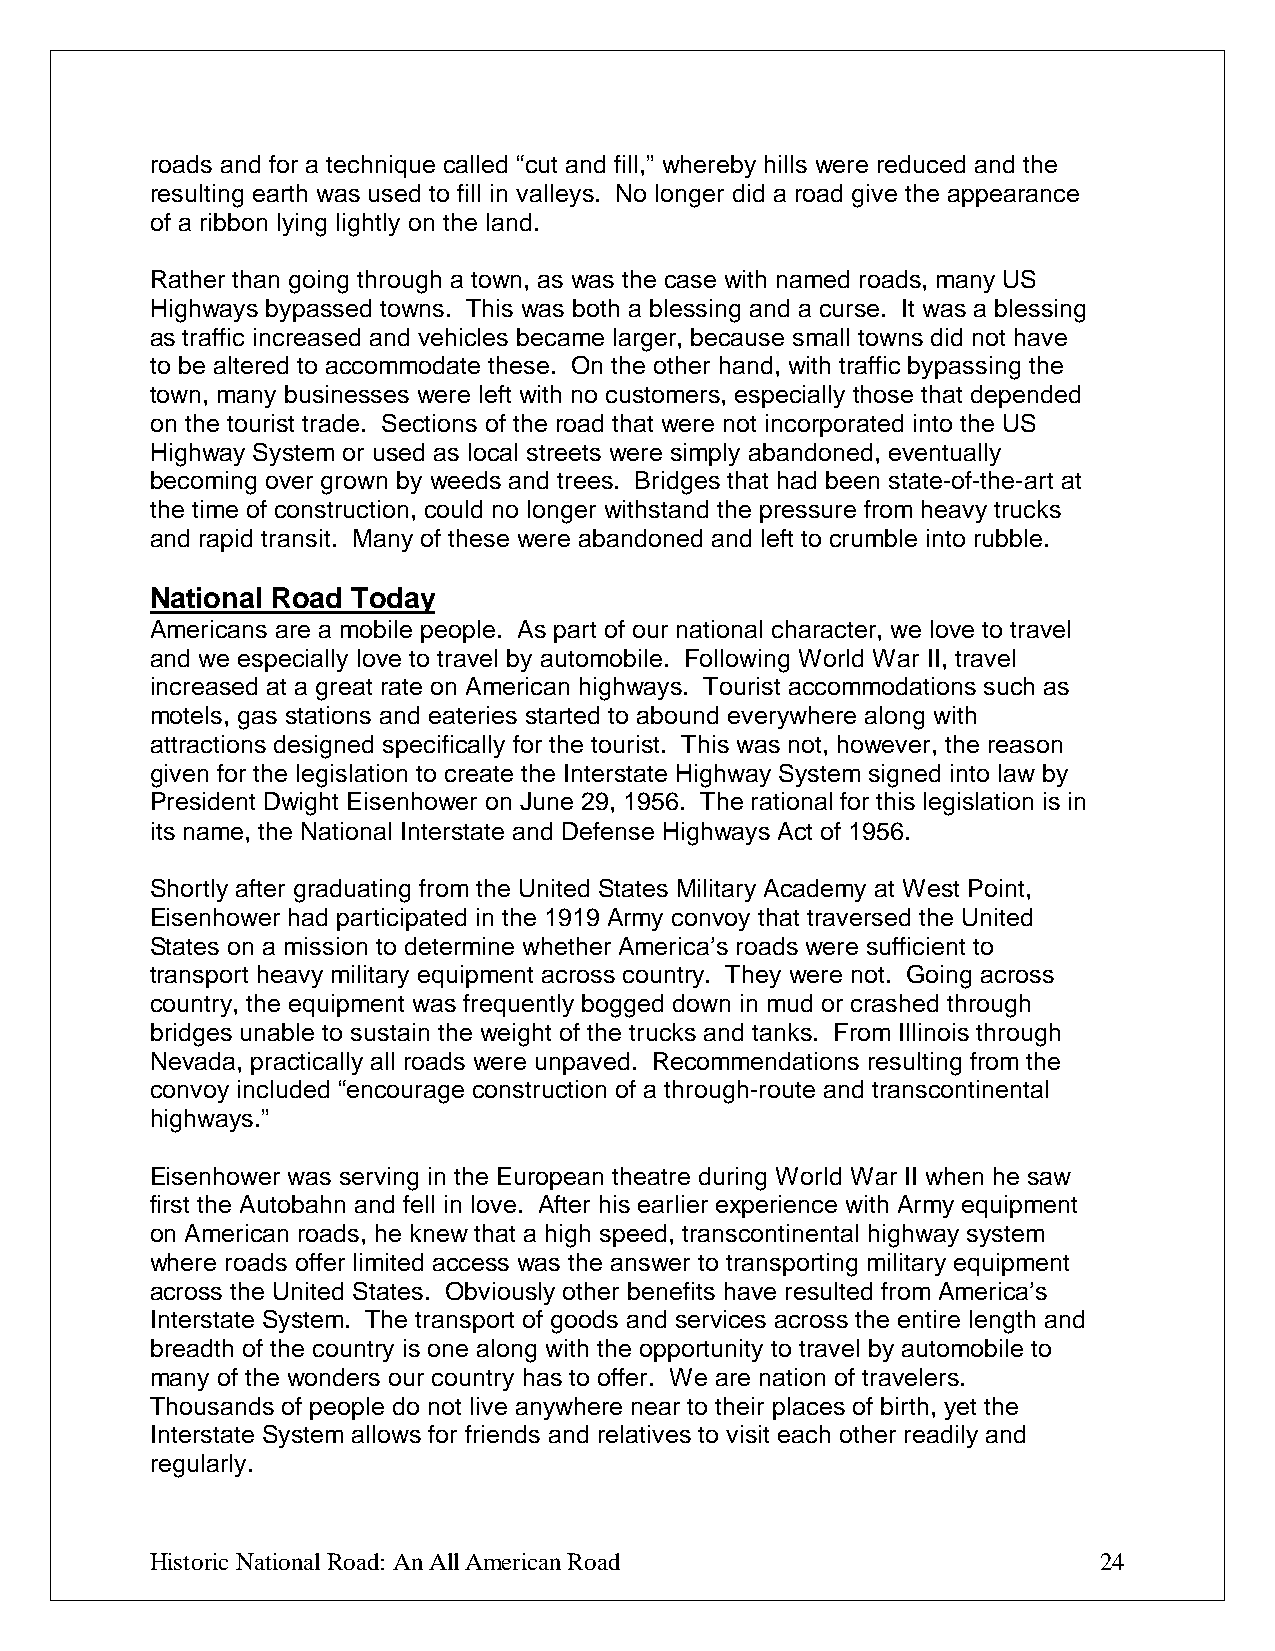
roads and for a technique called “cut and fill,” whereby hills were reduced and the
 resulting earth was used to fill in valleys. No longer did a road give the appearance
 of a ribbon lying lightly on the land.
 Rather than going through a town, as was the case with named roads, many US
 Highways bypassed towns. This was both a blessing and a curse. It was a blessing
 as traffic increased and vehicles became larger, because small towns did not have
 to be altered to accommodate these. On the other hand, with traffic bypassing the
 town, many businesses were left with no customers, especially those that depended
 on the tourist trade. Sections of the road that were not incorporated into the US
 Highway System or used as local streets were simply abandoned, eventually
 becoming over grown by weeds and trees. Bridges that had been state-of-the-art at
 the time of construction, could no longer withstand the pressure from heavy trucks
 and rapid transit. Many of these were abandoned and left to crumble into rubble.
 National Road Today
 Americans are a mobile people. As part of our national character, we love to travel
 and we especially love to travel by automobile. Following World War II, travel
 increased at a great rate on American highways. Tourist accommodations such as
 motels, gas stations and eateries started to abound everywhere along with
 attractions designed specifically for the tourist. This was not, however, the reason
 given for the legislation to create the Interstate Highway System signed into law by
 President Dwight Eisenhower on June 29, 1956. The rational for this legislation is in
 its name, the National Interstate and Defense Highways Act of 1956.
 Shortly after graduating from the United States Military Academy at West Point,
 Eisenhower had participated in the 1919 Army convoy that traversed the United
 States on a mission to determine whether America’s roads were sufficient to
 transport heavy military equipment across country. They were not. Going across
 country, the equipment was frequently bogged down in mud or crashed through
 bridges unable to sustain the weight of the trucks and tanks. From Illinois through
 Nevada, practically all roads were unpaved. Recommendations resulting from the
 convoy included “encourage construction of a through-route and transcontinental
 highways.”
 Eisenhower was serving in the European theatre during World War II when he saw
 first the Autobahn and fell in love. After his earlier experience with Army equipment
 on American roads, he knew that a high speed, transcontinental highway system
 where roads offer limited access was the answer to transporting military equipment
 across the United States. Obviously other benefits have resulted from America’s
 Interstate System. The transport of goods and services across the entire length and
 breadth of the country is one along with the opportunity to travel by automobile to
 many of the wonders our country has to offer. We are nation of travelers.
 Thousands of people do not live anywhere near to their places of birth, yet the
 Interstate System allows for friends and relatives to visit each other readily and
 regularly.
 Historic National Road: An All American Road                   24